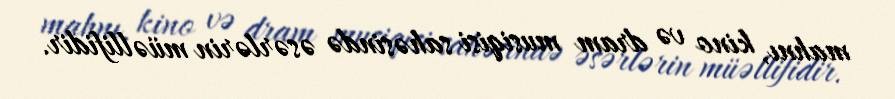
mahnı, kino və dram musiqisi sahəsində əsərlərin müəllifidir.